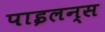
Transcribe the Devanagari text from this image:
पाइलन्स